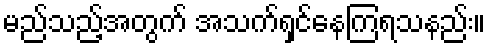
မည်သည့်အတွက် အသက်ရှင်နေကြရသနည်း။